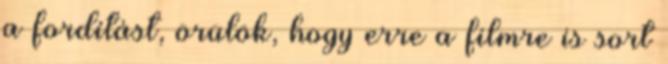
a fordítást, örülök, hogy erre a filmre is sort